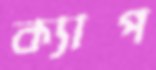
ক্যাপ